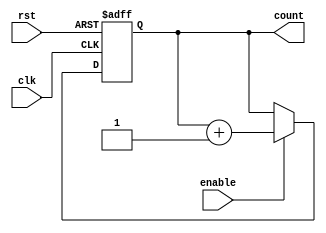
`timescale 1ns / 1ps

module counter(
    input wire clk,
    input wire enable,
    input wire rst, 
    output reg [2:0] count 
    ); 
    
parameter IDLE = 2'b00;
parameter INCREMENT = 2'b01;

reg [1:0] state_reg, state_next;

always @(posedge clk or posedge rst)
begin
    if (rst)
        state_reg <= IDLE;
    else
        state_reg <= state_next;
end

always @(*)
begin
    case(state_reg)
        IDLE:
            begin
                if (rst)
                    state_next = IDLE;
                else
                    state_next = INCREMENT;
            end
        INCREMENT:
            begin
                if (count == 3'b111)
                    state_next = IDLE;
                else
                    state_next = INCREMENT;
            end
        default:
            state_next = IDLE;
    endcase
end

always @(posedge clk or posedge rst)
begin
    if (rst)
        count <= 3'b000;
    else
        if(enable) begin
            count <= count + 1;
        end
        else begin
            count <= count;
        end    
end    
    
endmodule